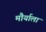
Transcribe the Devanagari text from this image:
मौर्याला